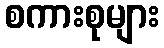
စကားစုများ